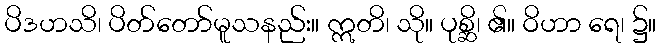
ပိဒဟသိ၊ ပိတ်တော်မူသနည်း။ ဣတိ၊ သို။ ပုစ္ဆိ၊ ၏။ ဝိဟာ ရေ၊ ၌။